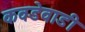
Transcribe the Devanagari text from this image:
कवडेवाडी